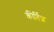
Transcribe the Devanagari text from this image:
कीर्तिश